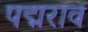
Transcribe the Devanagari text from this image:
पद्मराव